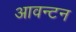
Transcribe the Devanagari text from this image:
आवन्टन